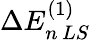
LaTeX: \Delta E_{n\, LS}^{(1)}